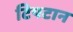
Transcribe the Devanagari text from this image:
टिपटान